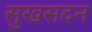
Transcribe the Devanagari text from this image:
सुखसदन